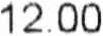
12.00